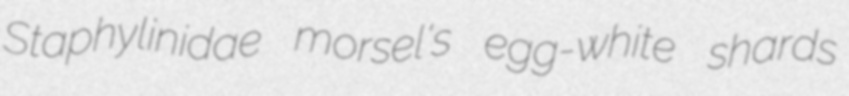
Staphylinidae morsel's egg-white shards